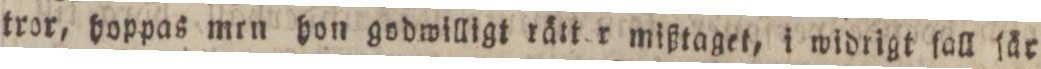
tror, hoppas mrn hon godwilligt rätter mißtaget, i widrigt ſall får